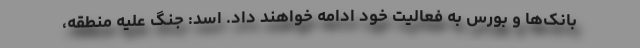
بانک‌ها و بورس به فعالیت خود ادامه خواهند داد. اسد: جنگ علیه منطقه،